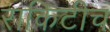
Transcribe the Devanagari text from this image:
राकिटीच